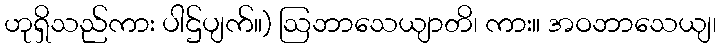
ဟုရှိသည်ကား ပါဌ်ပျက်။) ဩဘာသေယျာတိ၊ ကား။ အဝဘာသေယျ၊